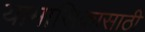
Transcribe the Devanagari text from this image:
यामासिकासाठी